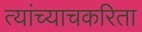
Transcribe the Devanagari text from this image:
त्यांच्याचकरिता